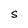
Character: S